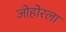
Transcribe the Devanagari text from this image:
जोहोरला